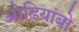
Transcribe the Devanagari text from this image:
ओढियांबो